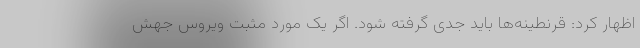
اظهار کرد: قرنطینه‌ها باید جدی گرفته شود. اگر یک مورد مثبت ویروس جهش